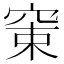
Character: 𥦈